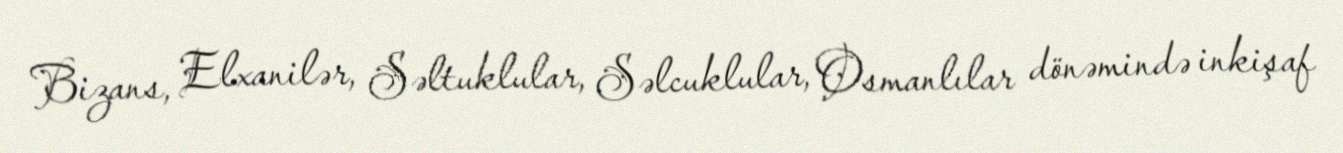
Bizans, Elxanilər, Səltuklular, Səlcuklular, Osmanlılar dönəmində inkişaf